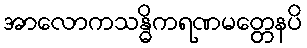
အာလောကသန္ဓိကရဏမတ္တေနပိ